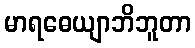
မာရဓေယျာဘိဘူတာ